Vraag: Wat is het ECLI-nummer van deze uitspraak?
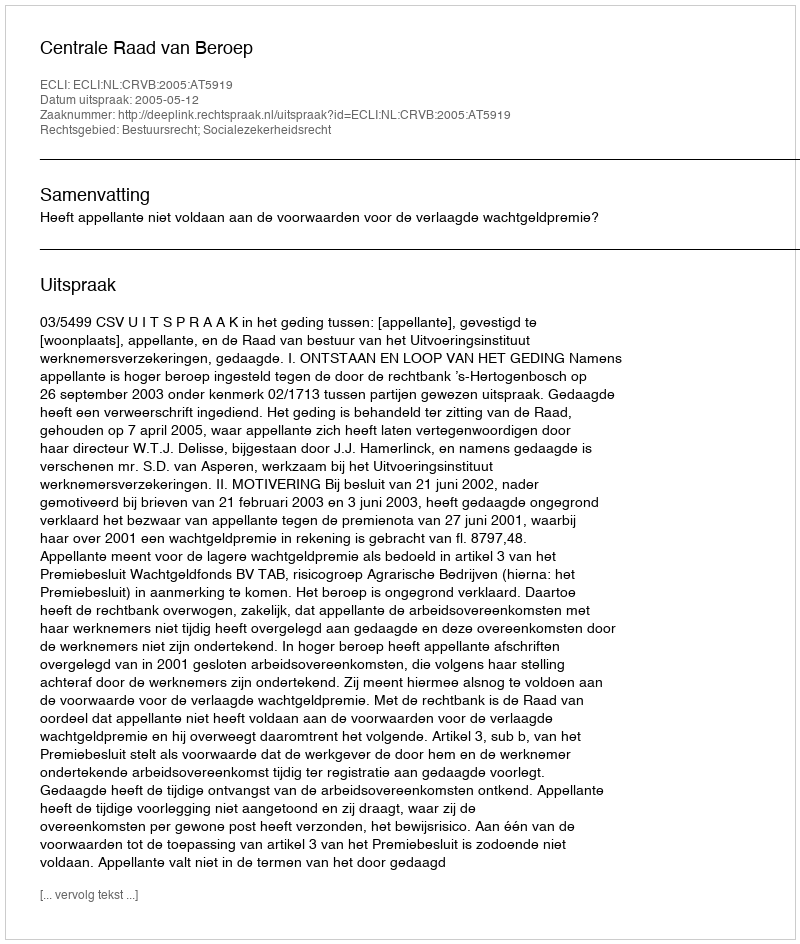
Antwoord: ECLI:NL:CRVB:2005:AT5919